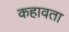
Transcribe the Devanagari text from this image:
कहावता